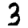
Digit: 3